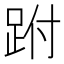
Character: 跗